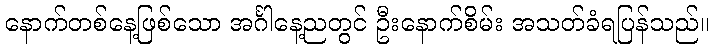
နောက်တစ်နေ့ဖြစ်သော အင်္ဂါနေ့ညတွင် ဦးနောက်စိမ်း အသတ်ခံရပြန်သည်။